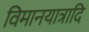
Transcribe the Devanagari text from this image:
विमानयात्रादि